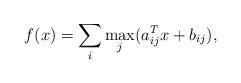
LaTeX: \begin{align*}f(x) = \sum_i \max_j (a_{ij}^Tx+b_{ij}) ,\end{align*}